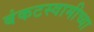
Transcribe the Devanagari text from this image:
बंकटस्वामीच्या